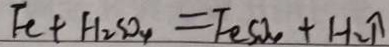
F e + H _ { 2 } S O _ { 4 } = F e s o _ { 4 } + H _ { 2 } \uparrow